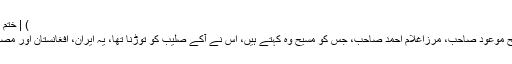
) | ختم نبوت فورم[Khatmenbuwat Forum]
جناب یحییٰ بختیار: نہیں، یعنی یہ ہے، مسیح موعود صاحب، مرزاغلام احمد صاحب، جس کو مسیح وہ کہتے ہیں، اس نے آکے صلیب کو توڑنا تھا، یہ ایران، افغانستان اور مصر تک اس کو پھیلا رہے ہیں اور کہتے ہیں۔